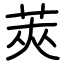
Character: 莢